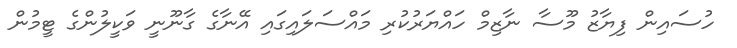
ހުސައިން ފިޔާޒު މޫސާ ނާޒިމް ހައްޔަރުކުރި މައްސަލައިގައި އޭނާގެ ގާނޫނީ ވަކީލުންގެ ޓީމުން